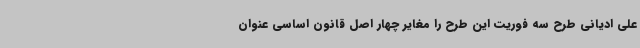
علی ادیانی طرح سه فوریت این طرح را مغایر چهار اصل قانون اساسی عنوان